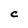
Character: C